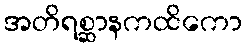
အတိရစ္ဆာနကထိကော